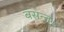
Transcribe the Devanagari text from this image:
बसन्त।